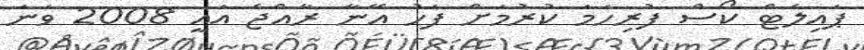
ޕައިލެޓް ކޯސް ފުރިހަމަ ކުރުމަށް ފަހު އޭނާ ރާއްޖެ އައީ 2008 ވަނަ